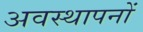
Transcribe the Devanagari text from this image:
अवस्थापनों